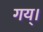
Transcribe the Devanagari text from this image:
गय्।